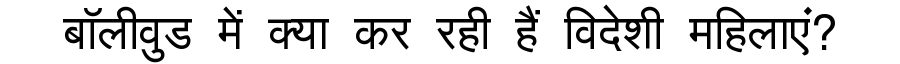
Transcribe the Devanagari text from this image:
बॉलीवुड में क्या कर रही हैं विदेशी महिलाएं?